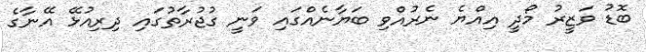
ބޮޑު ވަޒީރު މޯދީ އިއްޔެ ނެރުއްވި ބަޔާނެއްގައި ވަނީ ގުޖުރާތުގައި ދިރިއުޅޭ އޭނާގެ